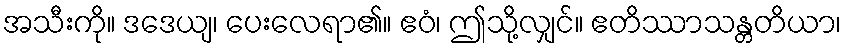
အသီးကို။ ဒဒေယျ၊ ပေးလေရာ၏။ ဧဝံ၊ ဤသို့လျှင်။ ဧတိဿာသန္တတိယာ၊